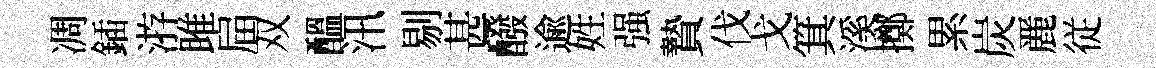
凋鍤㳺雎屇双醖汛剔甚醱逾姓强贄伐戈箕溪擲累炭䴡従